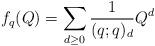
LaTeX: \begin{align*} f_q(Q) = \sum_{d \geq 0} \frac{1}{(q;q)_d} Q^d \end{align*}